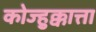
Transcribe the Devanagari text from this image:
कोज्हुक्कात्ता